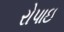
રોપાઇ